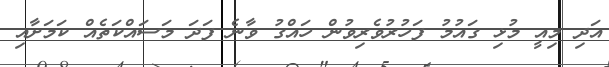
އަދި މިއީ މުޅި ގައުމު ފަހުރުވެރިވުން ހައްގު ވާނެ ފަދަ މަސައްކަތެއް ކަމަށާއި